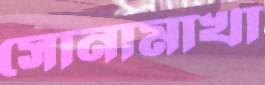
সোনামাখা